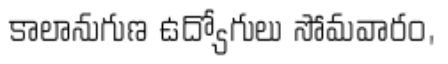
కాలానుగుణ ఉద్యోగులు సోమవారం,